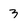
Character: z